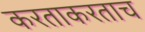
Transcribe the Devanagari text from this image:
करताकरताच